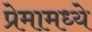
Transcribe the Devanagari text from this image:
प्रेमामध्ये